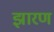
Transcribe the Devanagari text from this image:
झारण